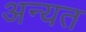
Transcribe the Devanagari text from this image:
अन्यत